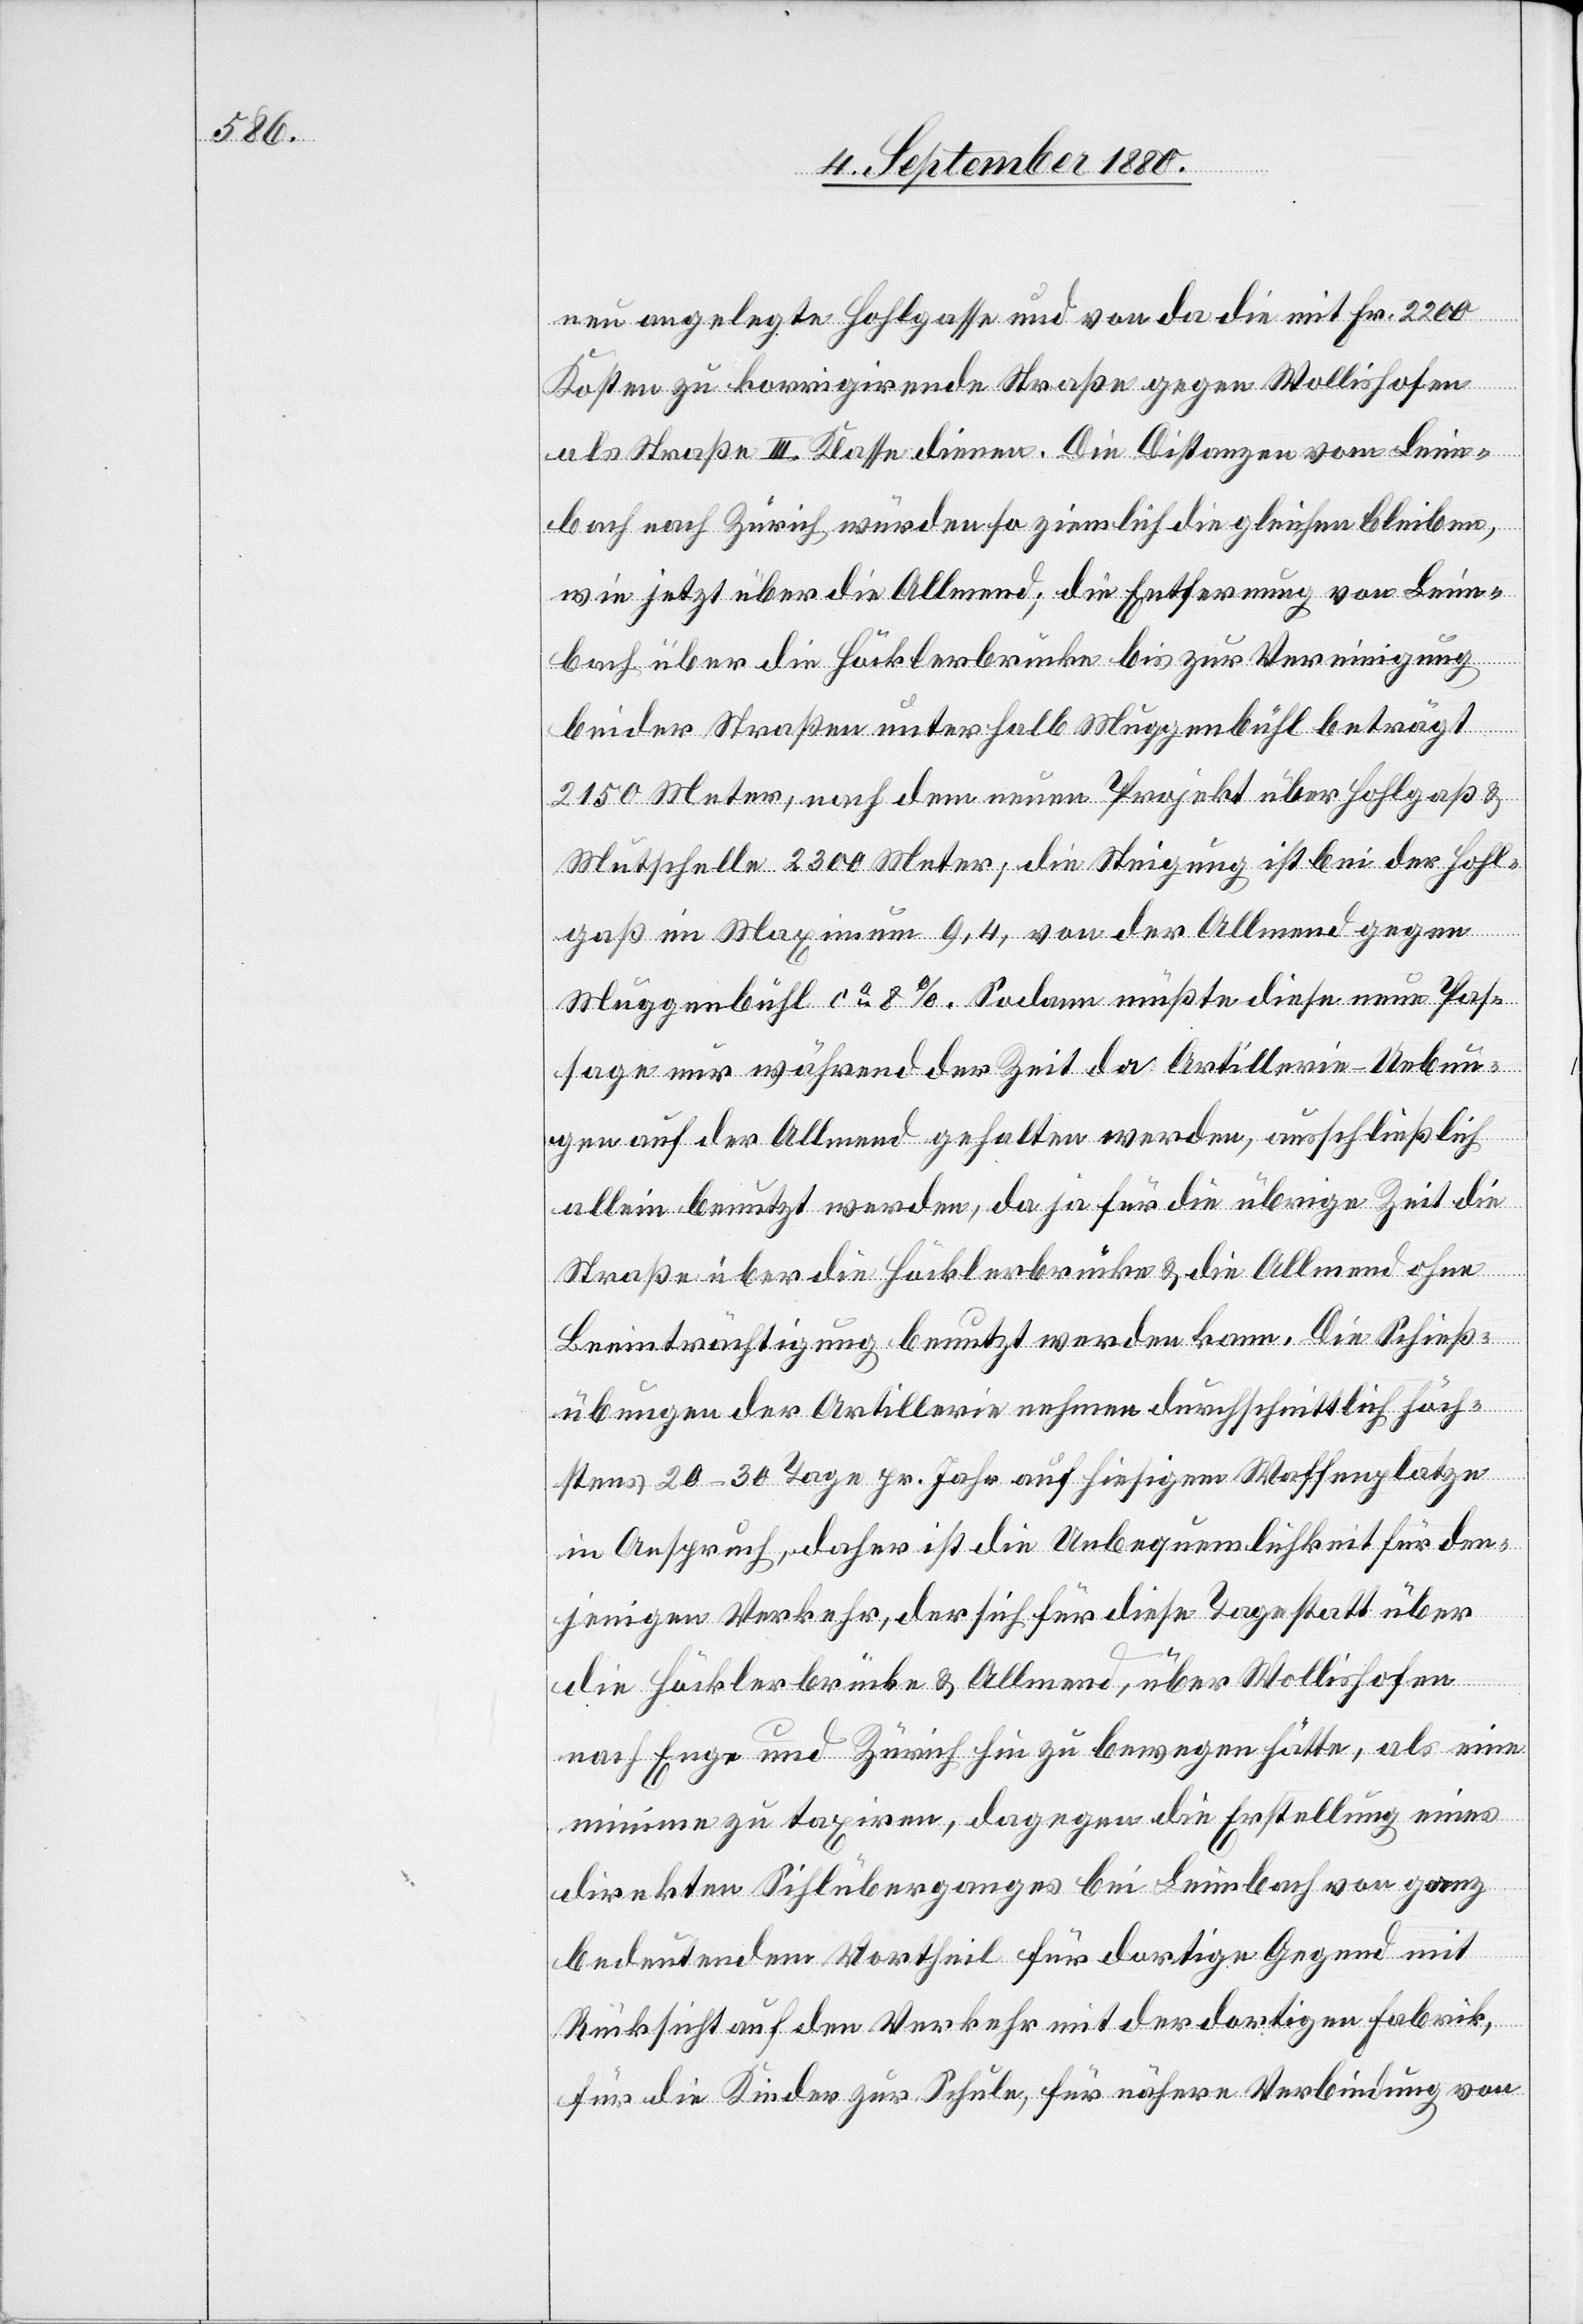
neu angelegte Hohlgasse und von da die mit Fr. 2200
Kosten zu korrigirende Straße gegen Wollishofen
als Straße III. Klasse dienen. Die Distanzen von Leim¬
bach nach Zürich würden so ziemlich die gleichen bleiben,
wie jetzt über die Allmend; die Entfernung von Leim¬
bach über die Höcklerbrücke bis zu Vereinigung
beider Straßen unterhalb Muggenbühl beträgt
2150 Meter, nach dem neuen Projekt über Hohlgaß
Mutschelle 2300 Meter; die Steigung ist bei der Hohl¬
gaß im Maximum 9,4, von der Allmend gegen
Muggenbühl ca 8 %. Sodann müßte diese neue Pas¬
sage nur während der Zeit da Artillerie-Uebun¬
gen auf der Allmend gehalten werden, ausschließlich
allein benutzt werden, da ja für die übrige Zeit die
Straße über die Höcklerbrücke & die Allmend ohne
Beeinträchtigung benutzt werden kann. Die Schieß¬
übungen der Artillerie nehmen durchschnittlich höch¬
stens 20–30 Tage pr. Jahr auf hiesigem Waffenplatze
in Anspruch, daher ist die Unbequemlichkeit für den¬
jenigen Verkehr, der sich für diese Tage statt über
die Höcklerbrücke & Allmend, über Wollishofen
nach Enge und Zürich hin zu bewegen hätte, als eine
minime zu taxiren, dagegen die Erstellung eines
direkten Sihlüberganges bei Leimbach von ganz
bedeutendem Vortheil für dortige Gegend mit
Rücksicht auf den Verkehr mit der dortigen Fabrik,
für die Kinder zur Schule, für nähere Verbindung von